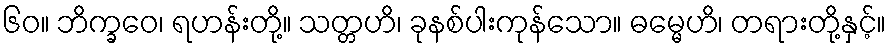
၆၀။ ဘိက္ခဝေ၊ ရဟန်းတို့။ သတ္တဟိ၊ ခုနစ်ပါးကုန်သော။ ဓမ္မေဟိ၊ တရားတို့နှင့်။